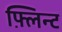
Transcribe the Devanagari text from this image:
फ़्लिन्ट